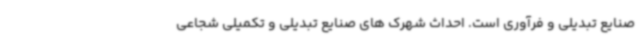
صنایع تبدیلی و فرآوری است. احداث شهرک های صنایع تبدیلی و تکمیلی شجاعی